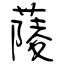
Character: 䔖